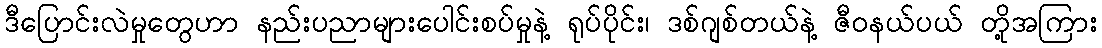
ဒီပြောင်းလဲမှုတွေဟာ နည်းပညာများပေါင်းစပ်မှုနဲ့ ရုပ်ပိုင်း၊ ဒစ်ဂျစ်တယ်နဲ့ ဇီဝနယ်ပယ် တို့အကြား